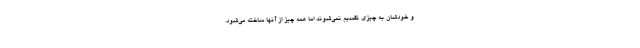
و خودشان به چیزی تقسیم نمی‌شوند اما همه چیز از آنها ساخته می‌شود.